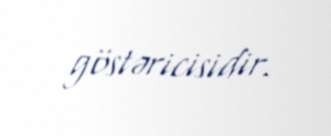
göstəricisidir.